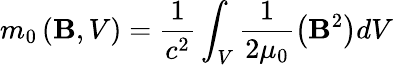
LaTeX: m_{0}\left(\mathbf{B},V\right)=\frac{{1}}{{c^{2}}}\int_{V}\frac{{1}}{{2\mu_{0}}}\left(\mathbf{B}^{2}\right)dV